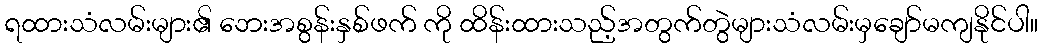
ရထားသံလမ်းများ၏ ဘေးအစွန်းနှစ်ဖက် ကို ထိန်းထားသည့်အတွက်တွဲများသံလမ်းမှချော်မကျနိုင်ပါ။